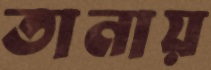
তানায়